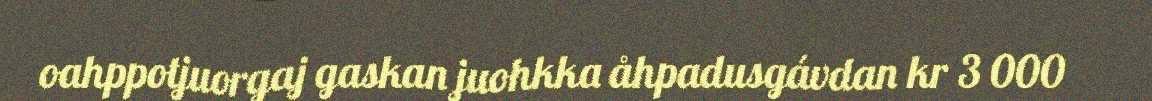
oahppotjuorgaj gaskan juohkka åhpadusgávdan kr 3 000